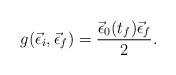
LaTeX: \begin{align*}g(\vec\epsilon_i,\vec\epsilon_f)=\frac{\vec\epsilon_0(t_f)\vec\epsilon_f}{2}.\end{align*}